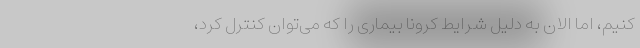
کنیم، اما الان به دلیل شرایط کرونا بیماری را که می‌توان کنترل کرد،